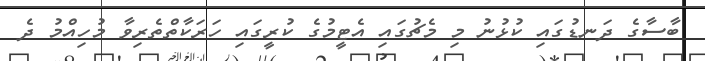
ބާސާގެ ދަނޑުގައި ކުޅުނު މި މެޗުގައި އެޓީމުގެ ކުރީގައި ހަރަކާތްތެރިވާ މުހިއްމު ދެ